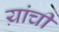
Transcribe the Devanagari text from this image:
य़ांची